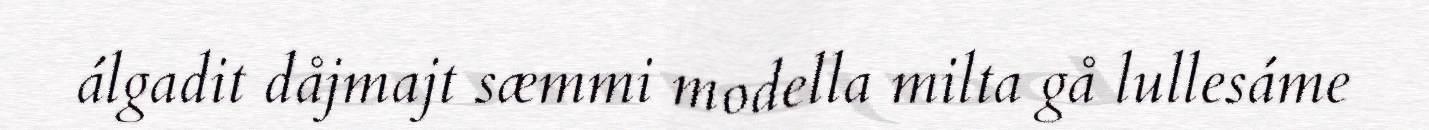
álgadit dåjmajt sæmmi modella milta gå lullesáme